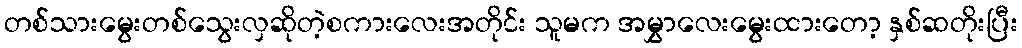
တစ်သားမွေးတစ်သွေးလှဆိုတဲ့စကားလေးအတိုင်း သူမက အမွှာလေးမွေးထားတော့ နှစ်ဆတိုးပြီး